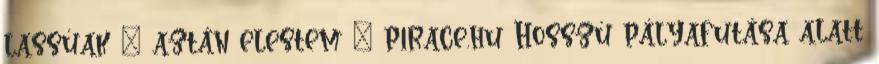
lassúak – aztán elestem ” p1race.hu Hosszú pályafutása alatt